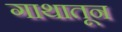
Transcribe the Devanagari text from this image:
गाथातून